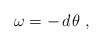
\begin{align*} \omega = - \, d \>\! \theta~,\end{align*}